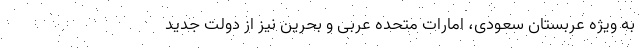
به ویژه عربستان سعودی، امارات متحده عربی و بحرین نیز از دولت جدید